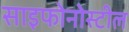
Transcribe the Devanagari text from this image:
साइफोनोस्टील